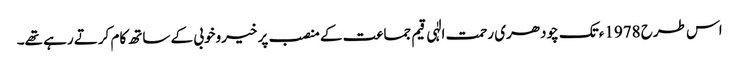
اس طرح 1978ءتک چودھری رحمت الٰہی قیم جماعت کے منصب پر خیروخوبی کے ساتھ کام کرتے رہے تھے۔